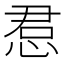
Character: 𫺔